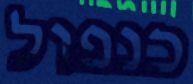
כנפול